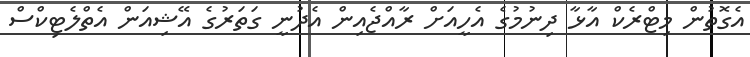
އެގޮތުން މިޓްރެކް އާޅާ ދިނުމުގެ އެހީއަށް ރާއްޖެއިން އެދުނީ ގަތަރުގެ އޭޝިއަން އެތްލެޓިކްސް